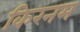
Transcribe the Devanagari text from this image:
किरनम